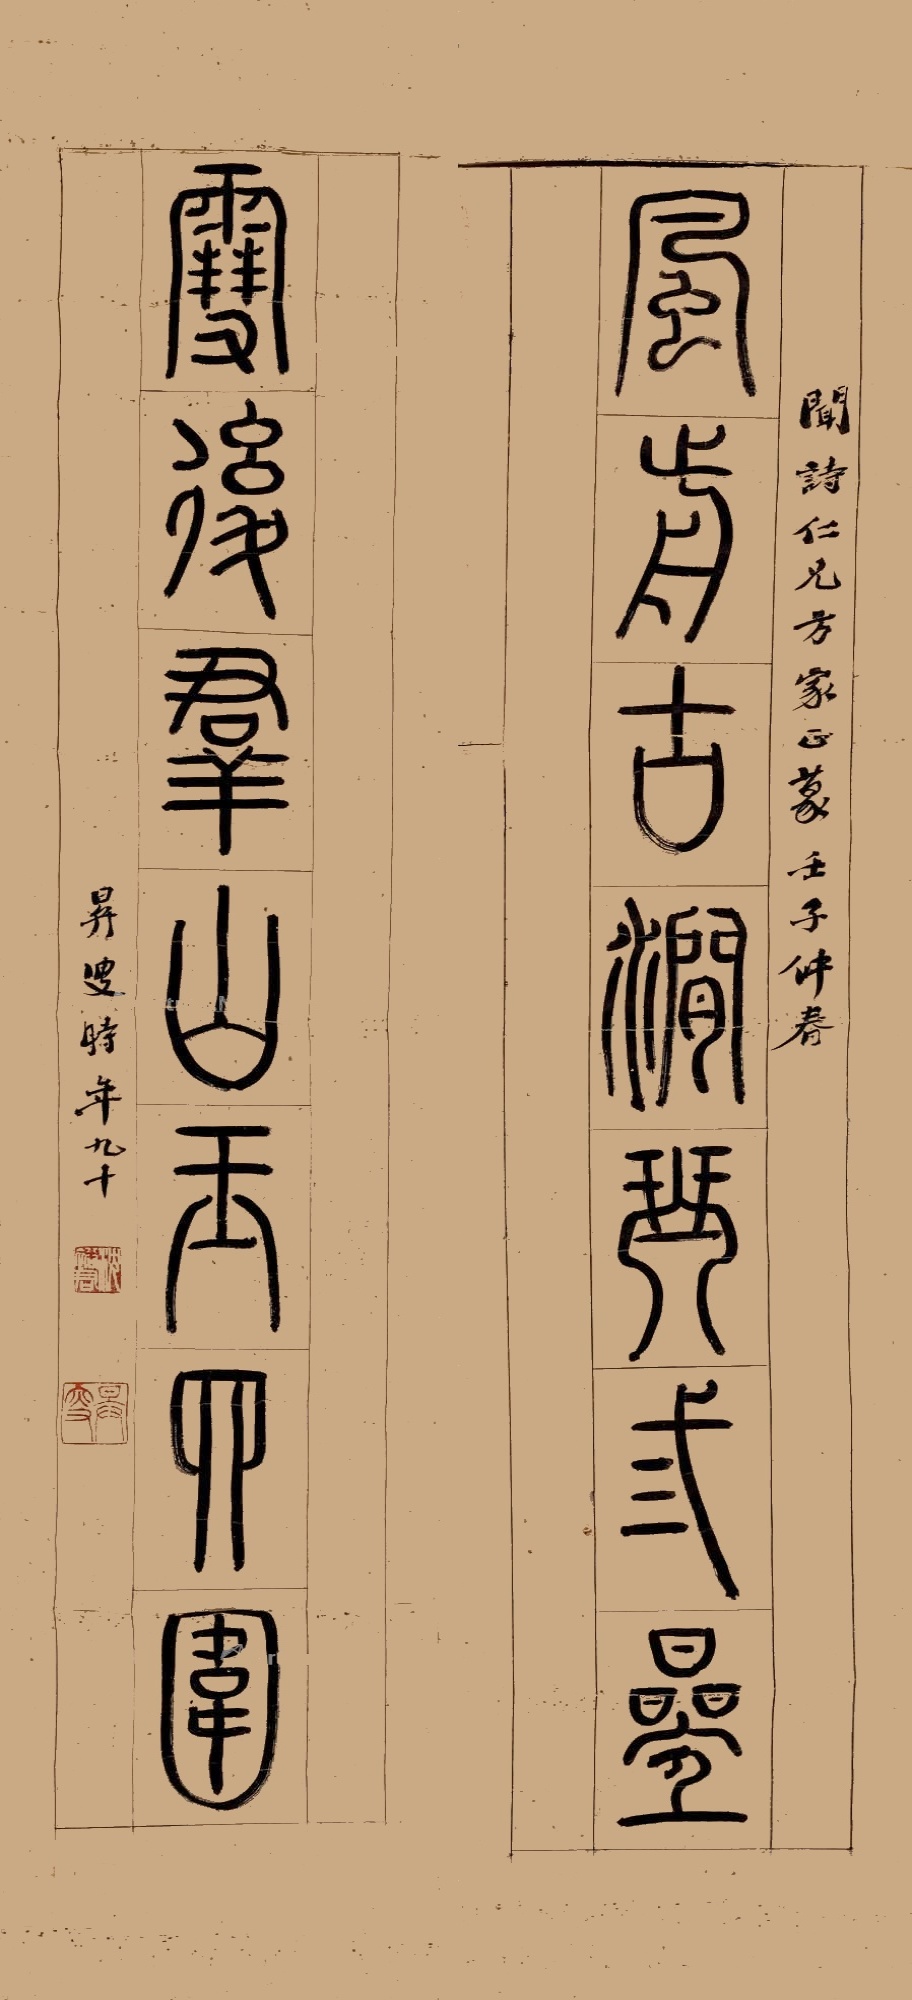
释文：风前古涧琴三叠，雪后群山玉四围。闻诗仁兄方家正篆。壬子仲春。升叟时年九十。